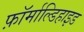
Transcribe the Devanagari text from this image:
फ़ॉर्माल्डिहाइड